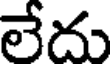
లేదు